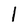
Character: I